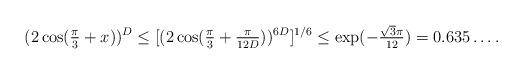
LaTeX: \begin{align*}(2 \cos(\tfrac{\pi}{3} + x))^D \leq [(2 \cos(\tfrac{\pi}{3} + \tfrac{\pi}{12D}))^{6D}]^{1/6} \leq \exp(-\tfrac{\sqrt{3} \pi}{12}) = 0.635\dots.\end{align*}